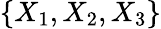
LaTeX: \{ X_{1},X_{2},X_{3}\}